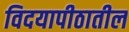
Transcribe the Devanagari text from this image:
विदयापीठातील